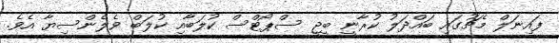
ފައިނަލް މެޗުގައި ބައްދަލު ކުރާނީ ބީޖީ ސްޕޯޓްސް ކުލަބާއި ކުލަބް ވެލެންސިޔާ އެވެ.